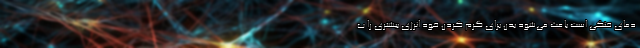
دمای خنکی است باعث می‌شود بدن برای گرم کردن خود انرژی بیشتری را ب